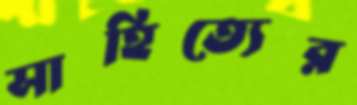
সাহিত্যের